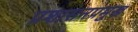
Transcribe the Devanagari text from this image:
प्रशासनप्रमुख